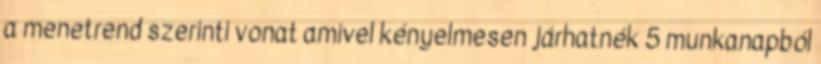
a menetrend szerinti vonat amivel kényelmesen járhatnék 5 munkanapból